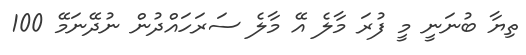
ތިޔާ ބުނަނީ މީ ފުރަ މާލެ އޭ މާލެ ސަރަހައްދުން ނުދޭނަމޭ 100